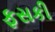
ફસકી